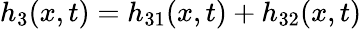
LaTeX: h_{3}(x,t)=h_{31}(x,t)+h_{32}(x,t)